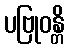
ပဗြုဝန္တိ